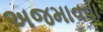
અજમાવવા